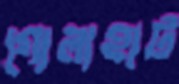
গোলাহাট